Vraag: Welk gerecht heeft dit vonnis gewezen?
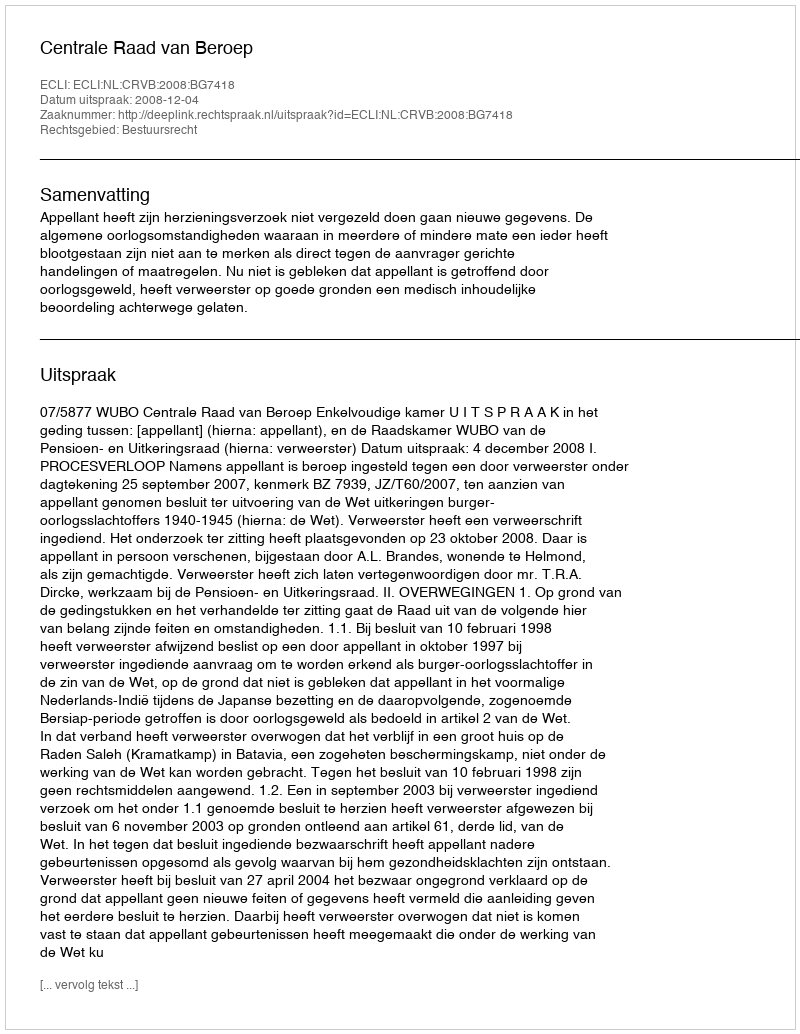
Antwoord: Centrale Raad van Beroep